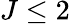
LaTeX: J\le 2